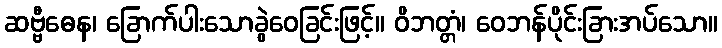
ဆဗ္ဗီဓေန၊ ခြောက်ပါးသောခွဲဝေခြင်းဖြင့်။ ဝိဘတ္တံ၊ ဝေဘန်ပိုင်းခြားအပ်သော။